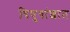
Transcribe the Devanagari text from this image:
विषुवांशात